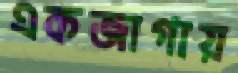
একজাগায়